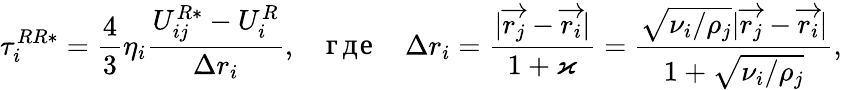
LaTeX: \tau_{i}^{RR*}=\frac{4}{3}\eta_{i}\frac{U_{ij}^{R*}-U_{i}^{R}}{\Delta r_{i}},\quad\mathrm{где}\quad\Delta r_{i}=\frac{|\overrightarrow{r_{j}}-\overrightarrow{r_{i}}|}{1+\varkappa}=\frac{\sqrt{\nu_{i}/\rho_{j}}|\overrightarrow{r_{j}}-\overrightarrow{r_{i}}|}{1+\sqrt{\nu_{i}/\rho_{j}}},